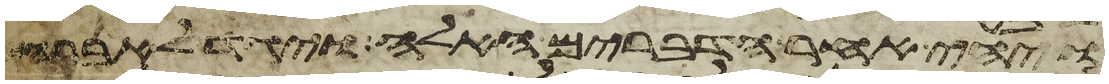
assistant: ויהי אחר הדברים האלה ויגד לאברהם